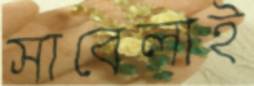
সাবেলাই